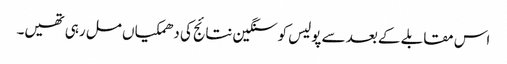
اس مقابلے کے بعد سے پولیس کوسنگین نتائج کی دھمکیاں مل رہی تھیں۔